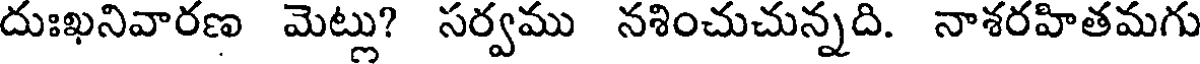
దుఃఖనివారణ మెట్లు? సర్వము నశించుచున్నది. నాశరహితమగు